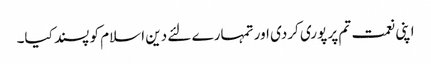
اپنی نعمت تم پر پوری کردی اور تمہارے لئے دین اسلام کو پسند کیا۔